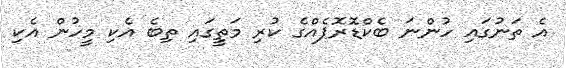
އެ ތަނުގައި ހުންނަ ބެކްޑޮރޮޕެއްގެ ކުރި މަތީގައި ތިބެ އެކި މީހުން އެކި